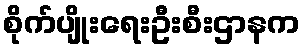
စိုက်ပျိုးရေးဦးစီးဌာနက